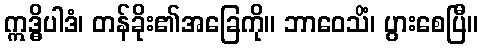
ဣဒ္ဓိပါဒံ၊ တန်ခိုး၏အခြေကို။ ဘာဝေသိံ၊ ပွားစေပြီ။